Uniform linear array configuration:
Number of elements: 16
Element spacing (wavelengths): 0.25
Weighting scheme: hamming
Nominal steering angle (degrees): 45
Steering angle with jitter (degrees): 43.014
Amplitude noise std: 0.05
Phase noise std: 0.05

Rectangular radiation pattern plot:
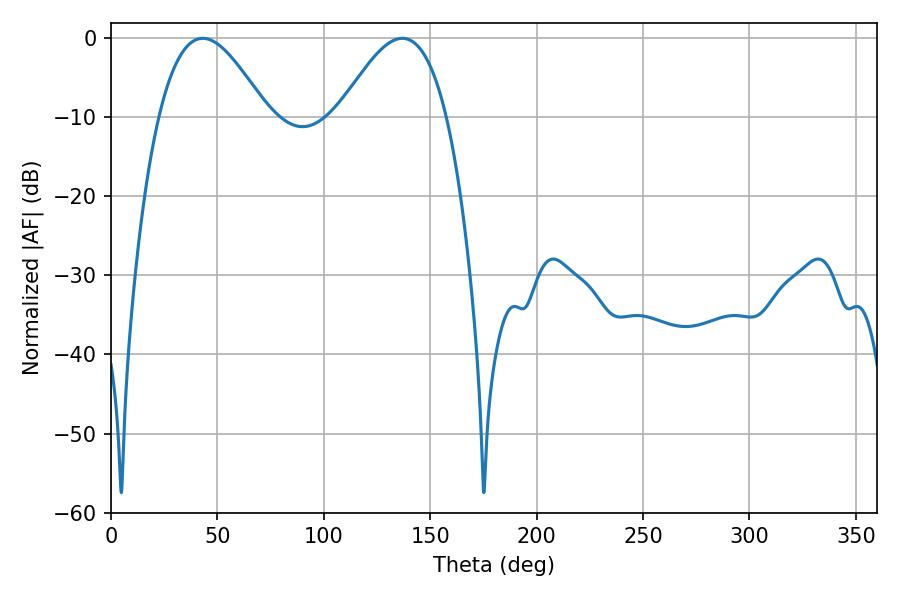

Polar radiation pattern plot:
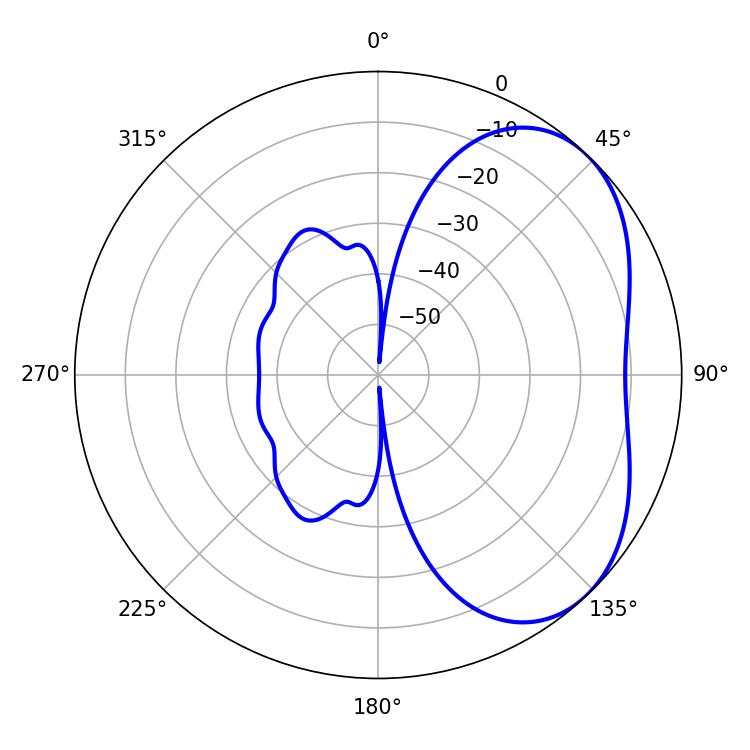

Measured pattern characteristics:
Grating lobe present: FALSE
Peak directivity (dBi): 4.139
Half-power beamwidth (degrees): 27.54
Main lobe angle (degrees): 43.02